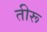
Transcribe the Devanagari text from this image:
तीरू